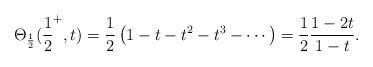
LaTeX: \begin{align*} \Theta_\frac12( \frac12^+,t)= \frac12 \left(1 - t - t^2 - t^3 -\cdots \right) = \frac12 \frac{1-2t}{1-t}. \end{align*}